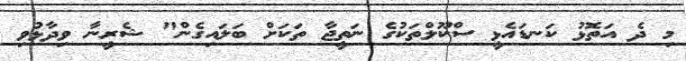
މި ދެ އަތޮޅު ކަނޑައެޅީ ސްކޫލްތަކުގެ ނަތީޖާ ތަކަށް ބަލައިގެން" ޝެރީނާ ވިދާޅުވި